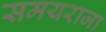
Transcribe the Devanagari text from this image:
समयराजा